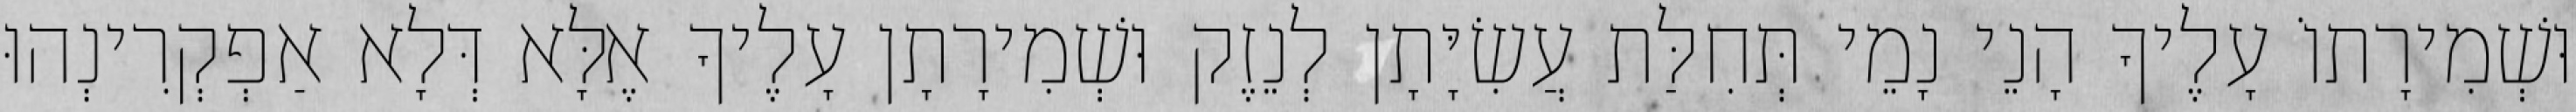
וּשְׁמִירָתוֹ עָלֶיךָ הָנֵי נָמֵי תְּחִלַּת עֲשִׂיָּתָן לְנֵזֶק וּשְׁמִירָתָן עָלֶיךָ אֶלָּא דְּלָא אַפְקְרִינְהוּ